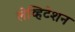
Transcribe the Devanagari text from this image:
लेव्हिटेशन